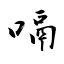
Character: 嗝